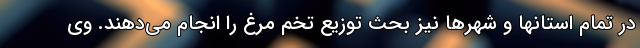
در تمام استانها و شهرها نیز بحث توزیع تخم مرغ را انجام می‌دهند. وی